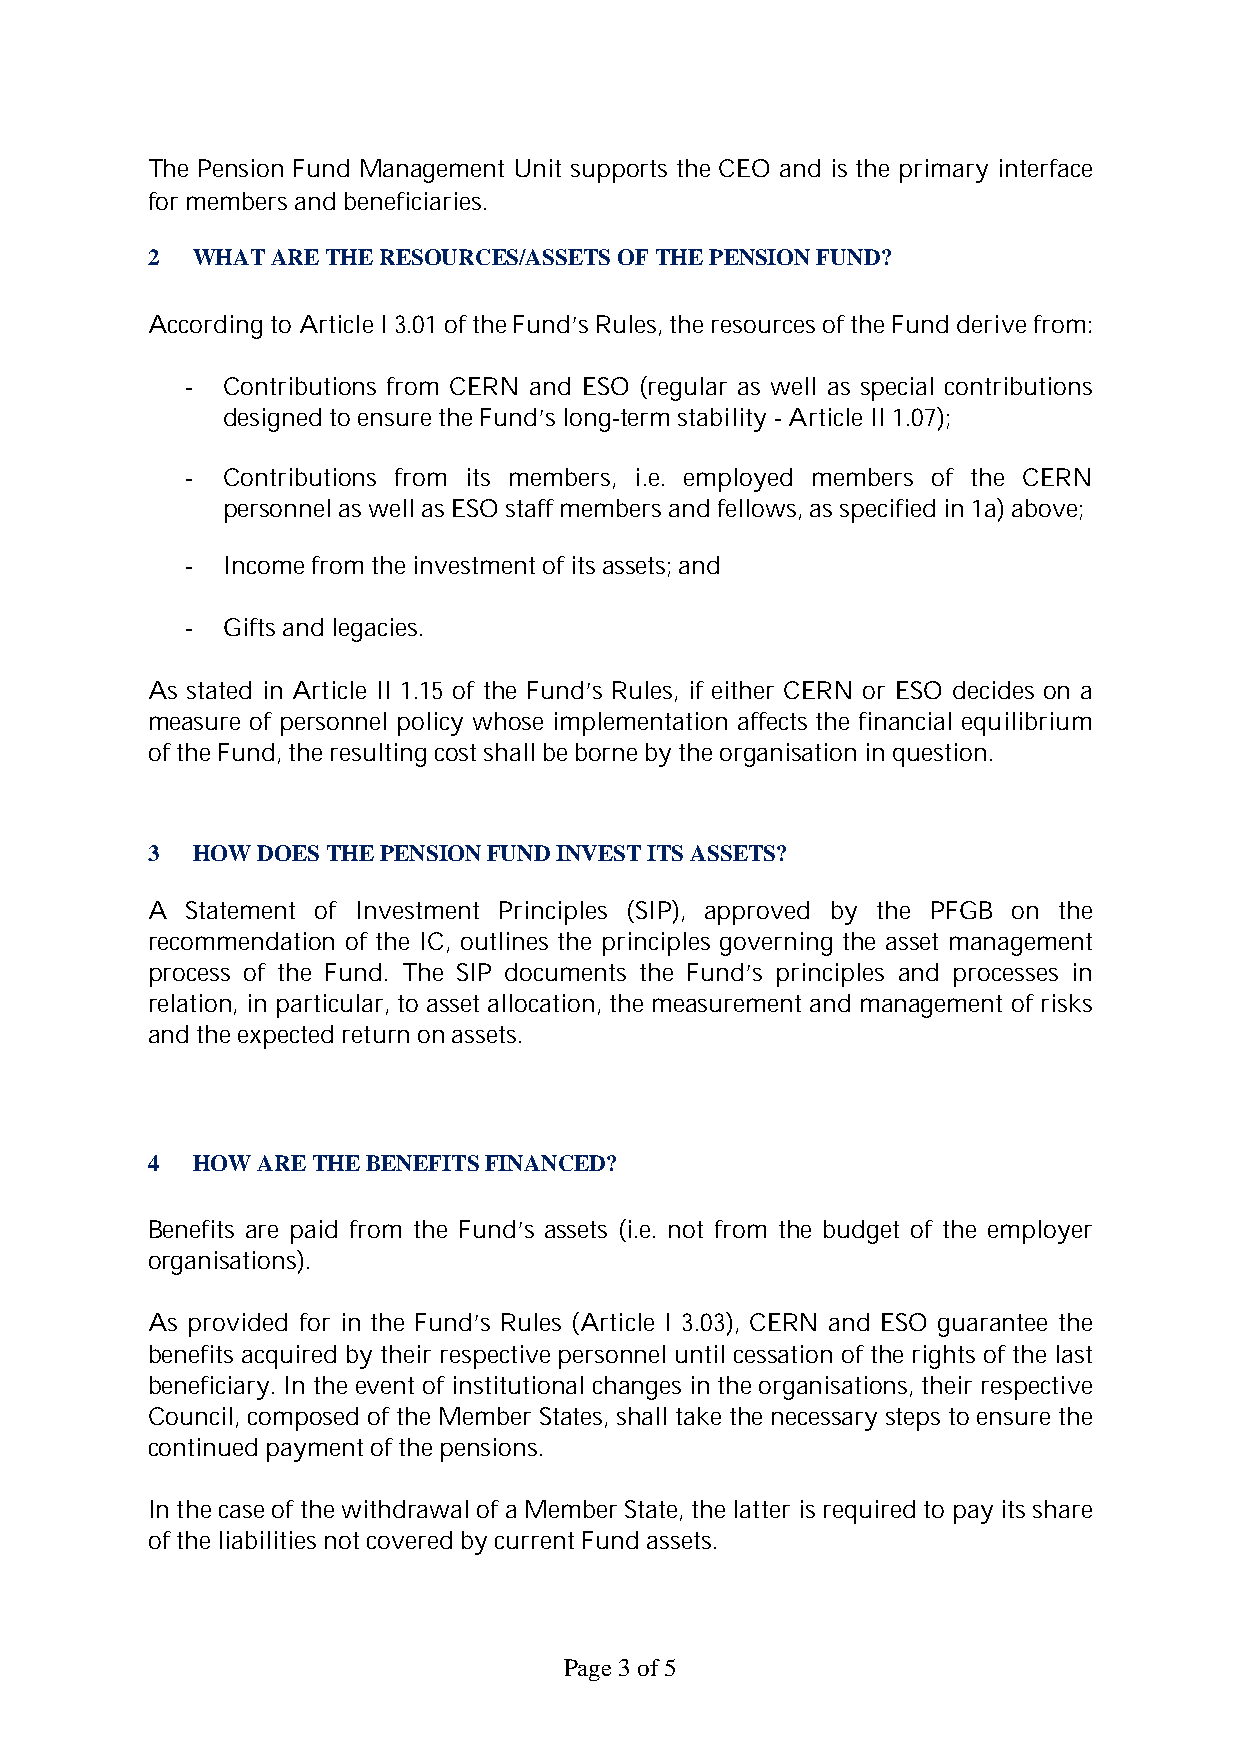
The Pension Fund Management Unit supports the CEO and is the primary interface
 for members and beneficiaries.
 2  WHAT ARE THE RESOURCES/ASSETS OF THE PENSION FUND?
 According to Article I 3.01 of the Fund’s Rules, the resources of the Fund derive from:
 -  Contributions from CERN and ESO (regular as well as special contributions
 designed to ensure the Fund’s long-term stability -Article II 1.07);
 -  Contributions from its members, i.e. employed members of the CERN
 personnel as well as ESO staff members and fellows, as specified in 1a) above;
 -  Income from the investment of its assets; and
 -  Gifts and legacies.
 As stated in Article II 1.15 of the Fund’s Rules, if either CERN or ESO decides on a
 measure of personnel policy whose implementation affects the financial equilibrium
 of the Fund, the resulting cost shall be borne by the organisation in question.
 3  HOW DOES THE PENSIONFUND INVEST ITS ASSETS?
 A Statement of Investment Principles (SIP), approved by the PFGB on the
 recommendation of the IC, outlines the principles governing the asset management
 process of the Fund. The SIP documents the Fund’s principles and processes in
 relation, in particular, to asset allocation, the measurement and management of risks
 and the expected return on assets.
 4  HOW ARE THE BENEFITSFINANCED?
 Benefits are paid from the Fund’s assets (i.e. not from the budget of the employer
 organisations).
 As provided for in the Fund’s Rules (Article I 3.03), CERN and ESO guarantee the
 benefits acquired by their respective personnel until cessation of the rights of the last
 beneficiary. In the event of institutional changes in the organisations, their respective
 Council, composed of the Member States, shall take the necessary steps to ensure the
 continued payment of the pensions.
 In the case of the withdrawal of a Member State, the latter is required to pay its share
 of the liabilities not covered by current Fund assets.
 Page3 of 5